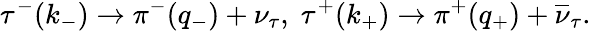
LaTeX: \tau^{-}(k_{-})\rightarrow\pi^{-}(q_{-})+\nu_{\tau},\; \tau^{+}(k_{+})\rightarrow\pi^{+}(q_{+})+\overline{{{\nu}}}_{\tau}.